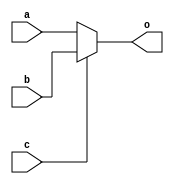
`timescale 1ns / 1ps
//////////////////////////////////////////////////////////////////////////////////
// Company: 
// Engineer: 
// 
// Design Name: 
// Module Name: mux
// Project Name: 
// Target Devices: 
// Tool Versions: 
// Description: 
// 
// Dependencies: 
// 
// Revision:
// Revision 0.01 - File Created
// Additional Comments:
// 
//////////////////////////////////////////////////////////////////////////////////


module mux_32(input [31:0] a,
              input [31:0] b,
              input        c,
              output [31:0] o
               );
               assign o=c?b:a;
endmodule
module mux_5(input [4:0] a,
             input [4:0] b,
             input       c,
              output [4:0] o
               );
               assign o=c?b:a;
endmodule